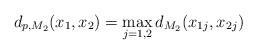
LaTeX: \begin{align*} d_{p,M_{2}}(x_{1},x_{2})= \max_{j=1,2}d_{M_{2}}(x_{1j},x_{2j})\end{align*}